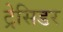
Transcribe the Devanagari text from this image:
ट्रेसिडर